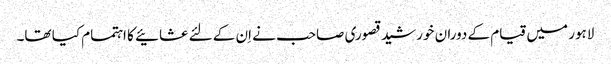
لاہور میں قیام کے دوران خورشید قصوری صاحب نے اِن کے لئے عشائیے کا اہتمام کیا تھا۔